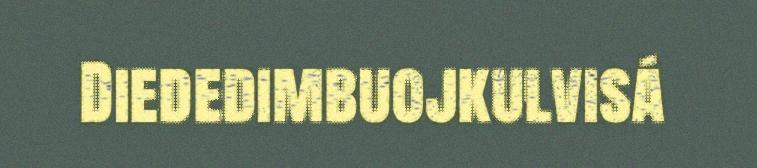
Diededimbuojkulvisá